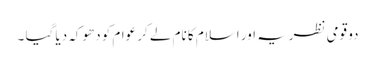
دو قومی نظریہ اور اسلام کا نام لے کر عوام کو دھوکہ دیا گیا ۔